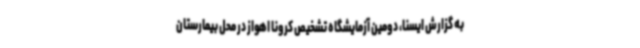
به گزارش ایسنا، دومین آزمایشگاه تشخیص کرونا اهواز در محل بیمارستان